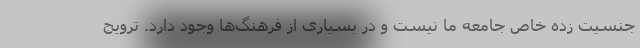
جنسیت زده خاص جامعه ما نیست و در بسیاری از فرهنگ‌ها وجود دارد. ترویج